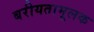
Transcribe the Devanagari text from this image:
बरीयतामूलक